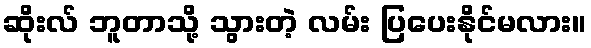
ဆိုးလ် ဘူတာသို့ သွားတဲ့ လမ်း ပြပေးနိုင်မလား။